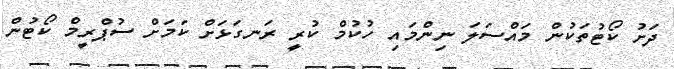
ދަށު ކޯޓުތަކުން މައްސަލަ ނިންމައި ހުކުމް ކުރީ ރަނގަޅަށް ކަމަށް ސުޕްރީމް ކޯޓުން